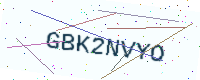
Text: GBK2NVYO